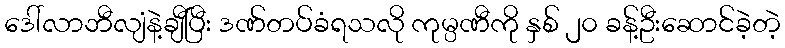
ဒေါ်လာဘီလျံနဲ့ချီပြီး ဒဏ်တပ်ခံရသလို ကုမ္ပဏီကို နှစ် ၂၀ ခန့်ဦးဆောင်ခဲ့တဲ့